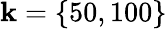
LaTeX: \mathbf{k}=\{ 50,100\}